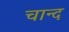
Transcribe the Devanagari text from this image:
चान्‍द